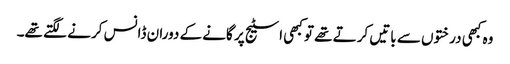
وہ کبھی درختوں سے باتیں کرتے تھے تو کبھی اسٹیج پر گانے کے دوران ڈانس کرنے لگتے تھے۔